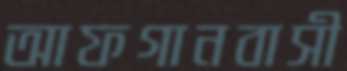
আফগানবাসী